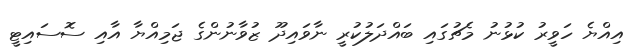
އިއްޔެ ހަވީރު ކުޅުނު މެޗުގައި ބައްދަލުކުރީ ނާވައިދޫ ޒުވާނުންގެ ޖަމިއްޔާ އާއި ސޮސައިޓީ